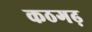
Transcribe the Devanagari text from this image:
कठगढ़